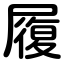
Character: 履